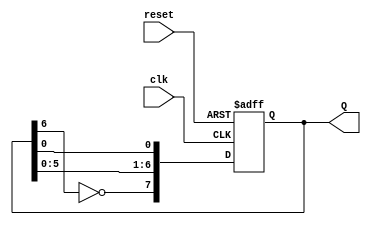
module johnson_counter (
    input wire clk,       // Clock signal
    input wire reset,     // Asynchronous reset signal
    output reg [7:0] Q    // 8-bit output for the counter
);

    // Asynchronous reset and counter logic
    always @(posedge clk or posedge reset) begin
        if (reset) begin
            Q <= 8'b00000000; // Reset the counter to 0
        end else begin
            // Johnson counter shift logic
            Q[7] <= ~Q[6]; // Invert the last flip-flop and feed it back to the first
            Q[6:1] <= Q[5:0]; // Shift the current values to the right
        end
    end

endmodule